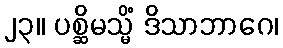
၂၃။ ပစ္ဆိမသ္မိံ ဒိသာဘာဂေ၊